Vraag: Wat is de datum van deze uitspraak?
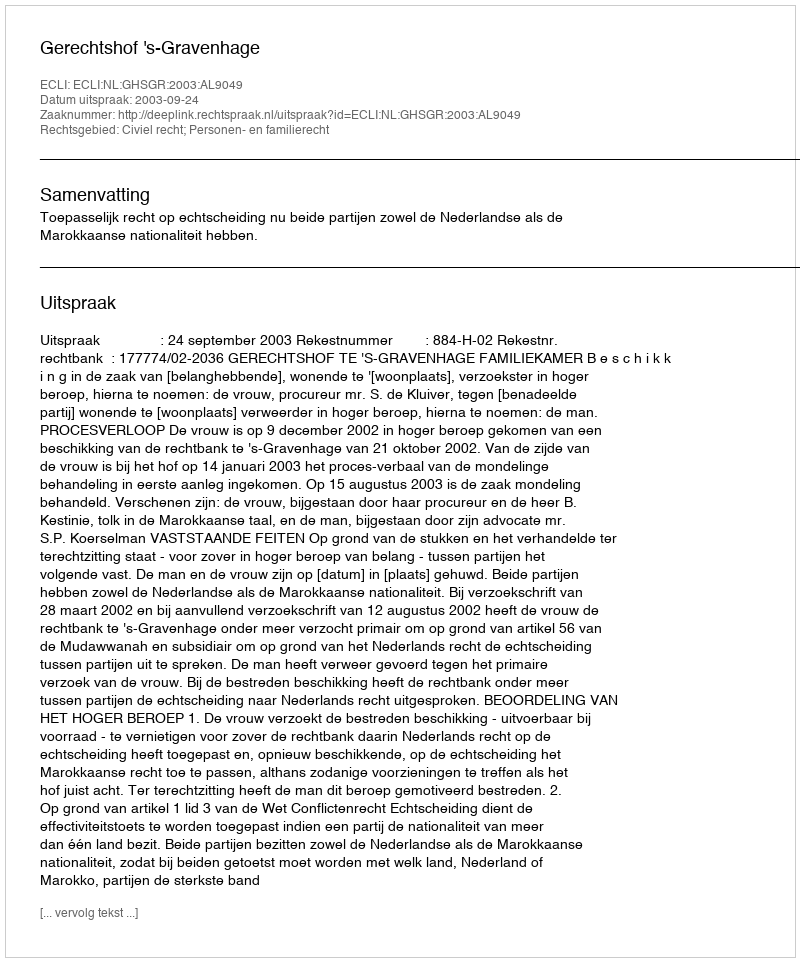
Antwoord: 2003-09-24